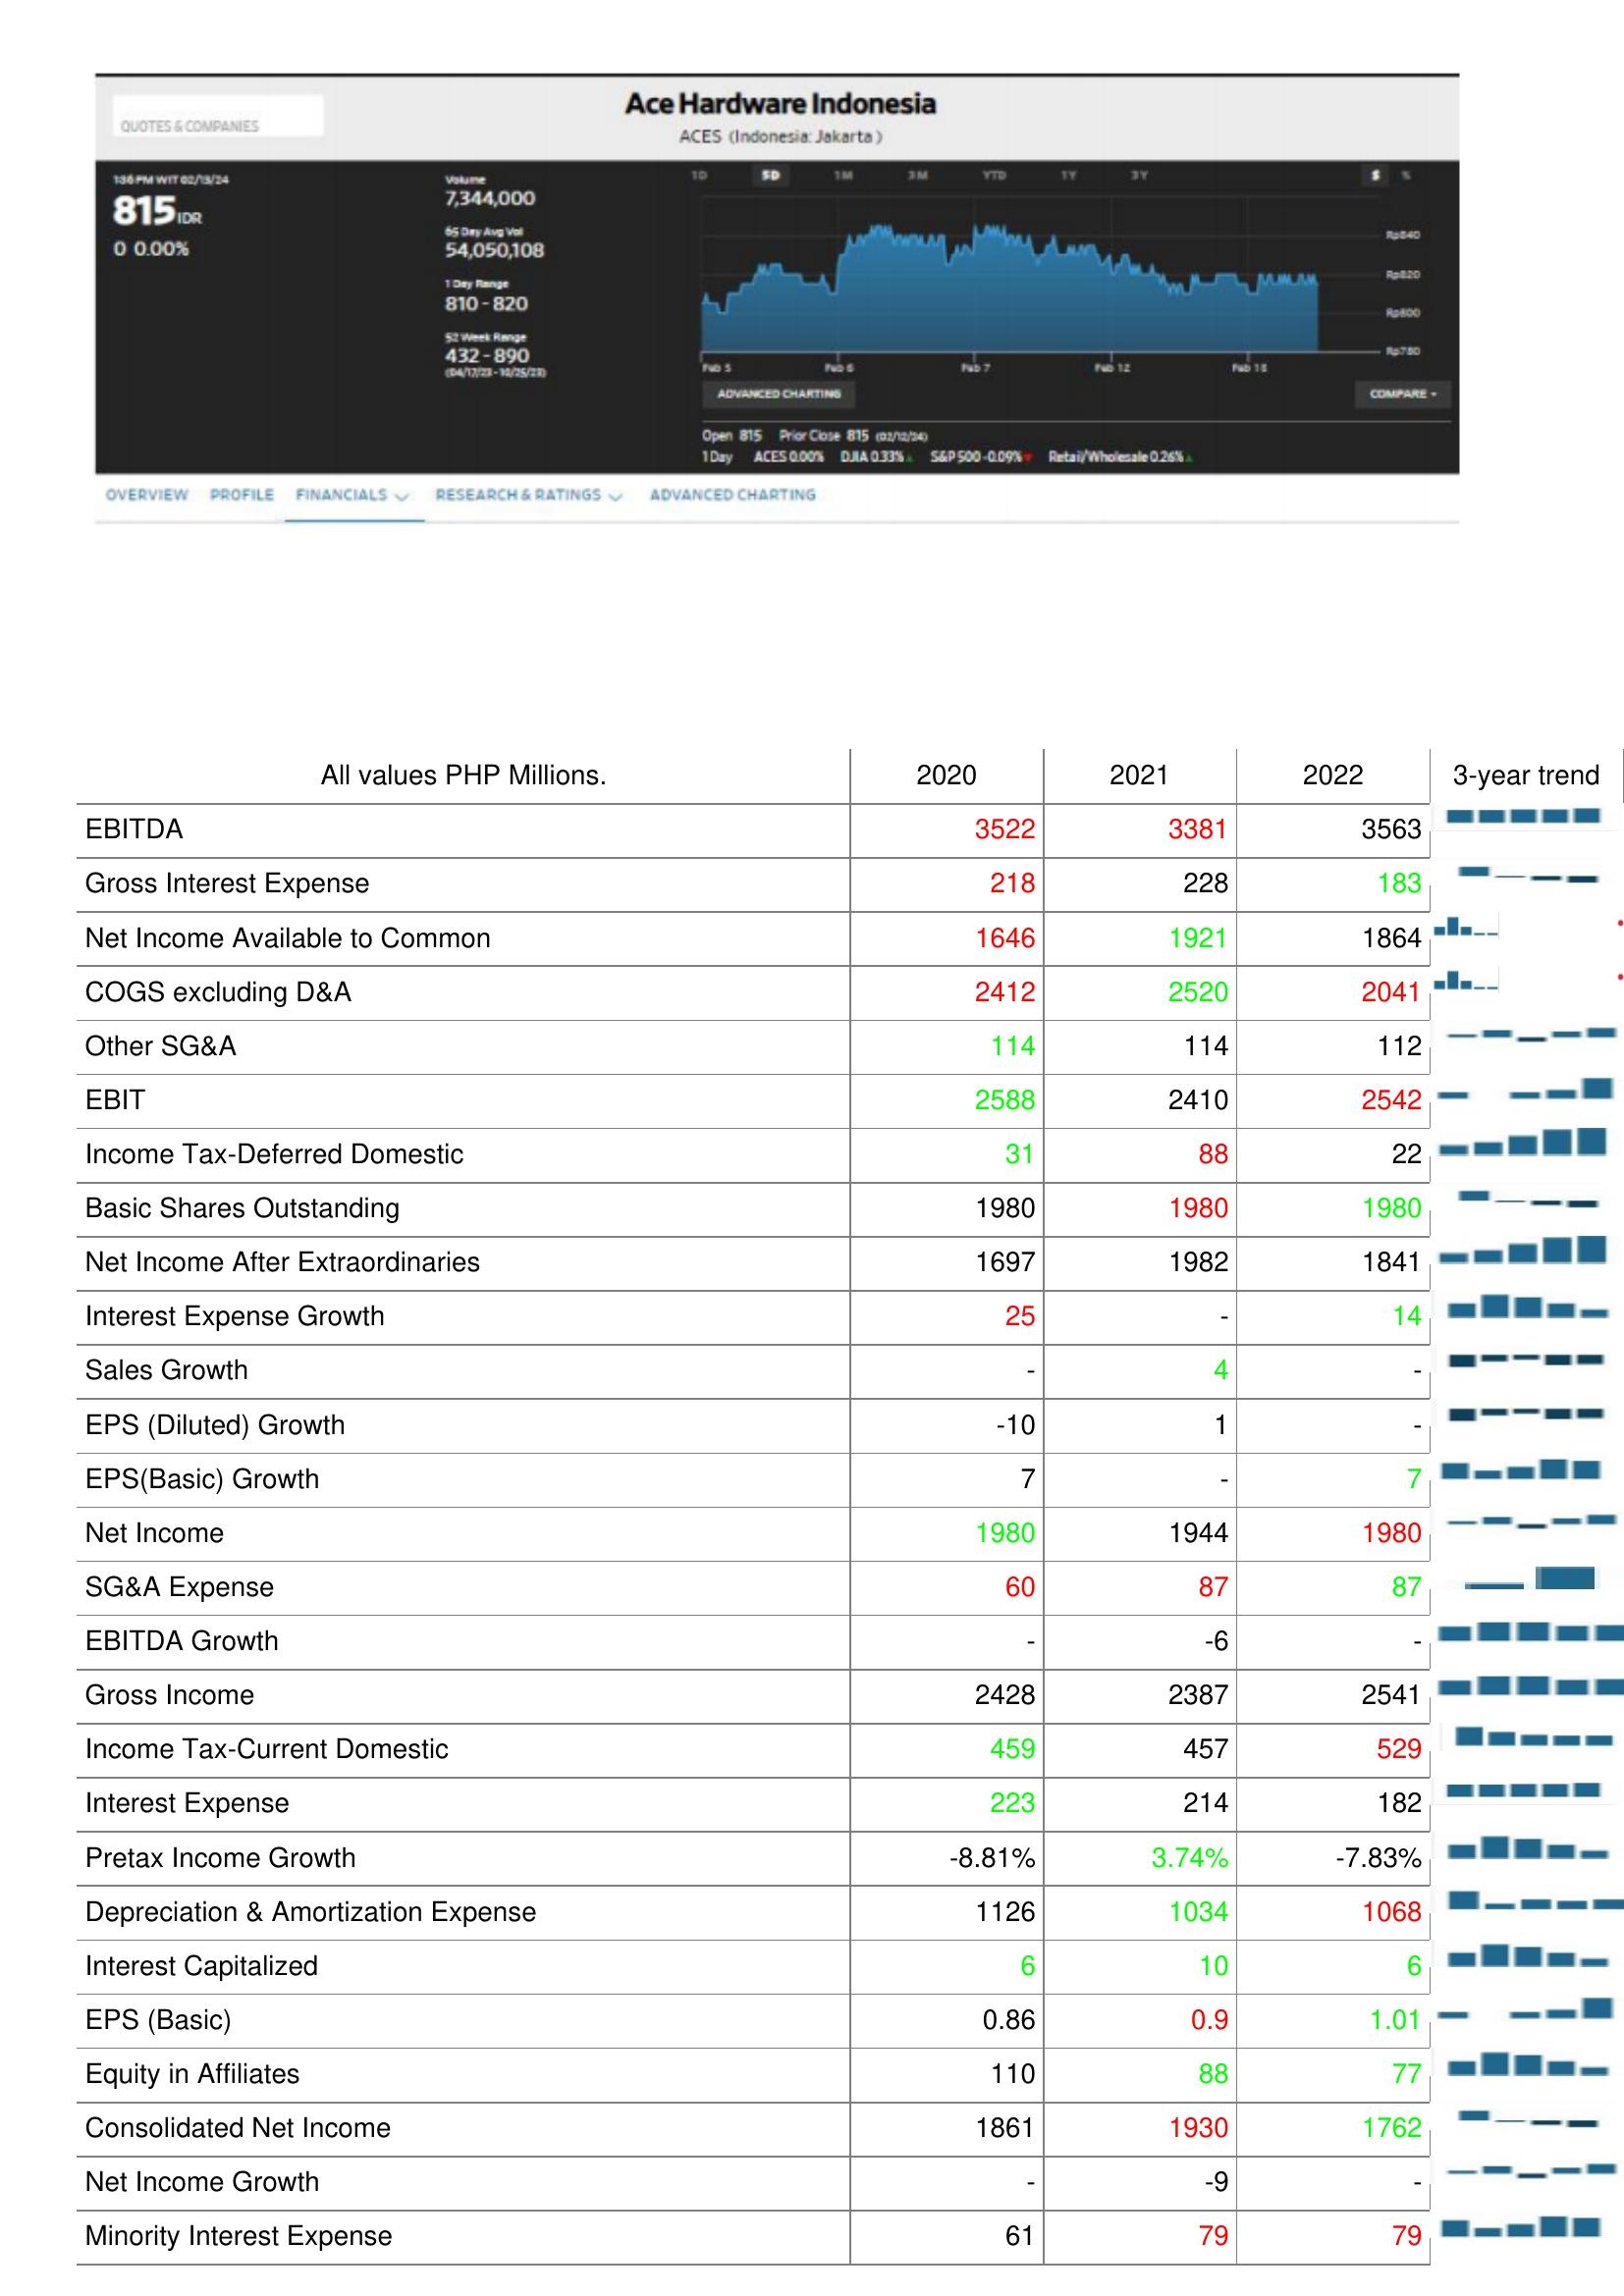
2020: : EBITDA: 3522
Gross Interest Expense: 218
Net Income Available to Common: 1646
COGS excluding D&A: 2412
Other SG&A: 114
EBIT: 2588
Income Tax-Deferred Domestic: 31
Basic Shares Outstanding: 1980
Net Income After Extraordinaries: 1697
Interest Expense Growth: 25
Sales Growth: -
EPS (Diluted) Growth: -10
EPS(Basic) Growth: 7
Net Income: 1980
SG&A Expense: 60
EBITDA Growth: -
Gross Income: 2428
Income Tax-Current Domestic: 459
Interest Expense: 223
Pretax Income Growth: -8.81%
Depreciation & Amortization Expense: 1126
Interest Capitalized: 6
EPS (Basic): 0.86
Equity in Affiliates: 110
Consolidated Net Income: 1861
Net Income Growth: -
Minority Interest Expense: 61
2021: : EBITDA: 3381
Gross Interest Expense: 228
Net Income Available to Common: 1921
COGS excluding D&A: 2520
Other SG&A: 114
EBIT: 2410
Income Tax-Deferred Domestic: 88
Basic Shares Outstanding: 1980
Net Income After Extraordinaries: 1982
Interest Expense Growth: -
Sales Growth: 4
EPS (Diluted) Growth: 1
EPS(Basic) Growth: -
Net Income: 1944
SG&A Expense: 87
EBITDA Growth: -6
Gross Income: 2387
Income Tax-Current Domestic: 457
Interest Expense: 214
Pretax Income Growth: 3.74%
Depreciation & Amortization Expense: 1034
Interest Capitalized: 10
EPS (Basic): 0.9
Equity in Affiliates: 88
Consolidated Net Income: 1930
Net Income Growth: -9
Minority Interest Expense: 79
2022: : EBITDA: 3563
Gross Interest Expense: 183
Net Income Available to Common: 1864
COGS excluding D&A: 2041
Other SG&A: 112
EBIT: 2542
Income Tax-Deferred Domestic: 22
Basic Shares Outstanding: 1980
Net Income After Extraordinaries: 1841
Interest Expense Growth: 14
Sales Growth: -
EPS (Diluted) Growth: -
EPS(Basic) Growth: 7
Net Income: 1980
SG&A Expense: 87
EBITDA Growth: -
Gross Income: 2541
Income Tax-Current Domestic: 529
Interest Expense: 182
Pretax Income Growth: -7.83%
Depreciation & Amortization Expense: 1068
Interest Capitalized: 6
EPS (Basic): 1.01
Equity in Affiliates: 77
Consolidated Net Income: 1762
Net Income Growth: -
Minority Interest Expense: 79